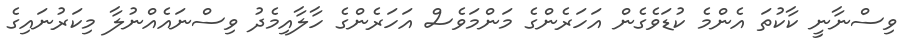
ވިސްނާނީ ކާކުތަ އެންމެ ކުޑަވެގެން އަހަރެންގެ މަންމަވެސް އަހަރެންގެ ހާލާއިމެދު ވިސްނައެއްނުލާ މިކަރުނައިގެ